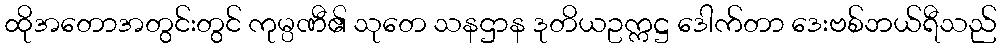
ထိုအတောအတွင်းတွင် ကုမ္ပဏီ၏ သုတေ သနဌာန ဒုတိယဥက္ကဋ္ဌ ဒေါက်တာ ဒေးဗစ်ဘယ်ရီသည်